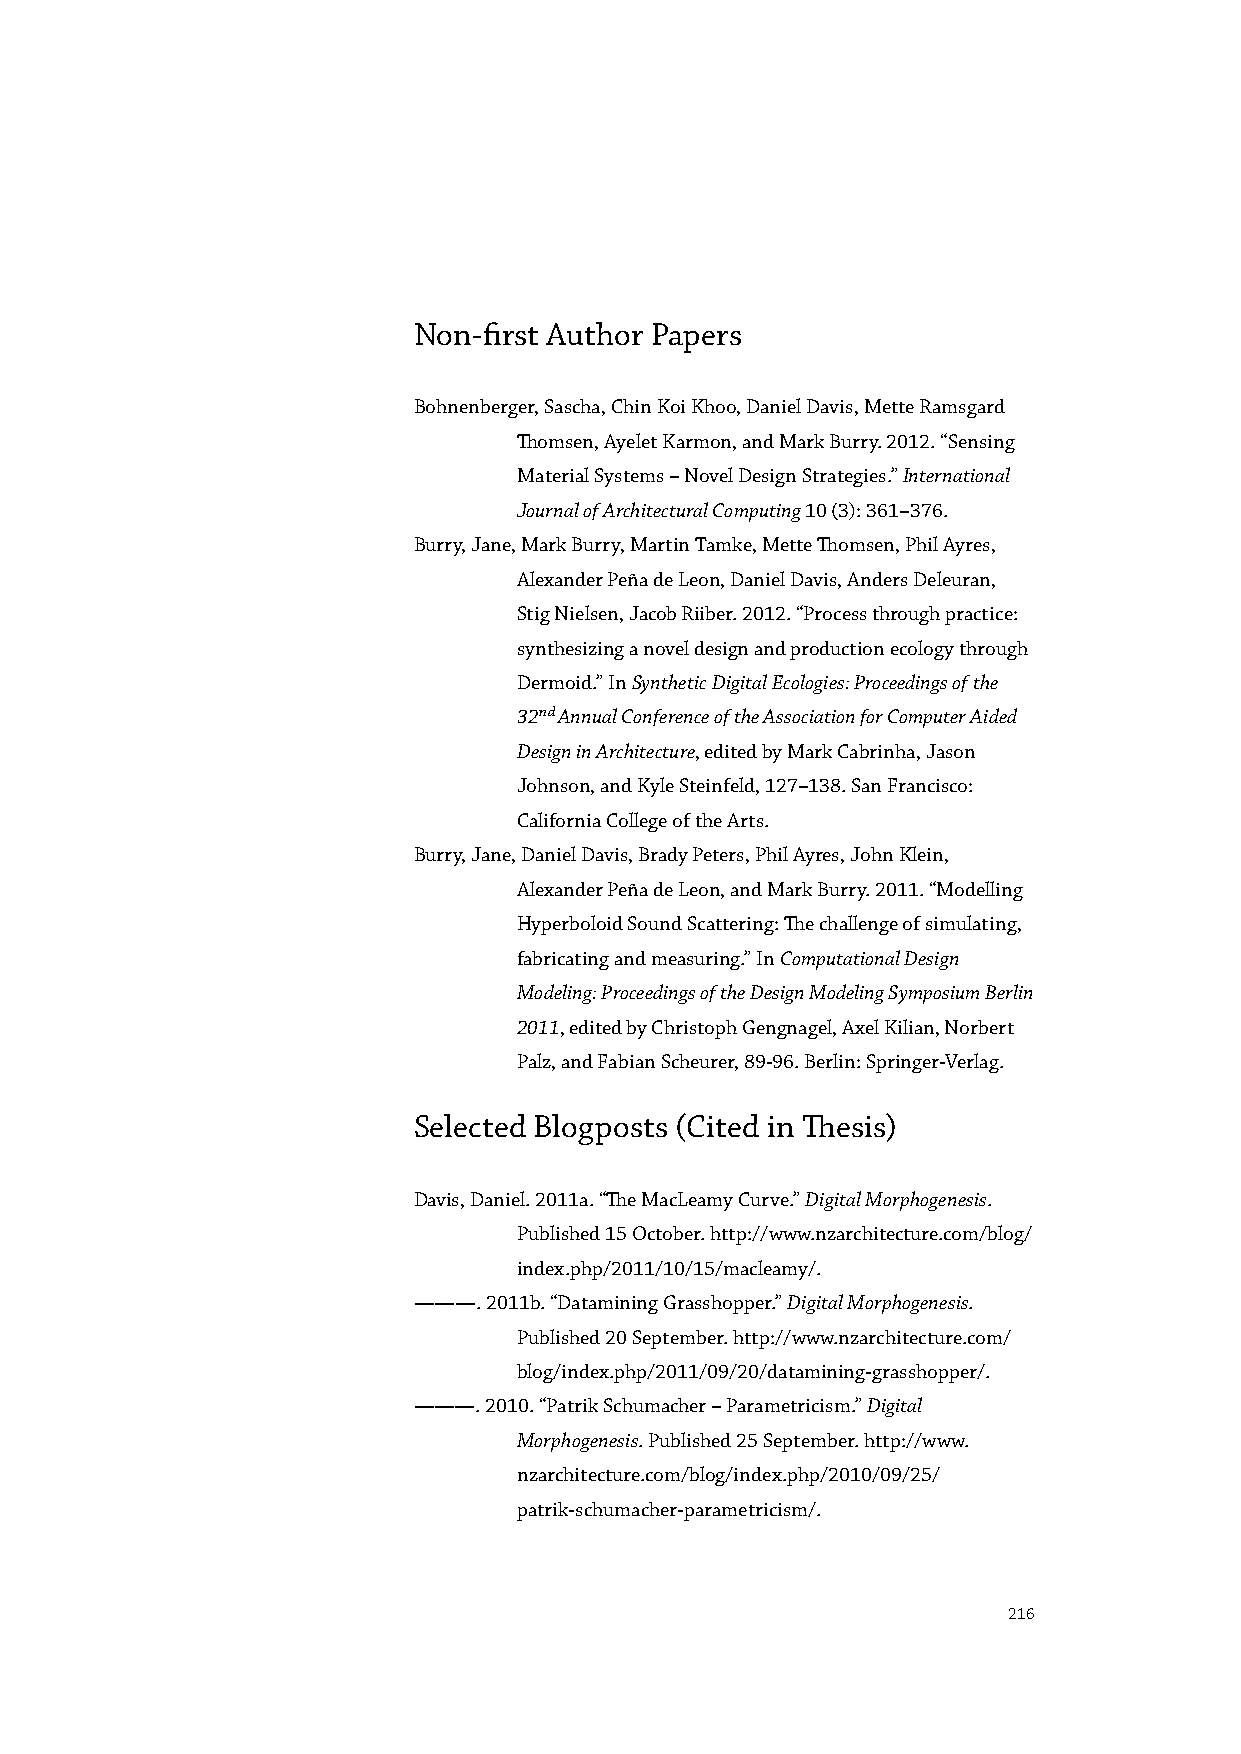
Non-first Author Papers
 Bohnenberger, Sascha, Chin Koi Khoo, Daniel Davis, Mette Ramsgard
 Thomsen, Ayelet Karmon, and Mark Burry. 2012. “Sensing
 Material Systems – Novel Design Strategies.” International
 Journal of Architectural Computing 10 (3): 361–376.
 Burry, Jane, Mark Burry, Martin Tamke, Mette Thomsen, Phil Ayres,
 Alexander Peña de Leon, Daniel Davis, Anders Deleuran,
 Stig Nielsen, Jacob Riiber. 2012. “Process through practice:
 synthesizing a novel design and production ecology through
 Dermoid.” In Synthetic Digital Ecologies: Proceedings of the
 32nd Annual Conference of the Association for Computer Aided
 Design in Architecture, edited by Mark Cabrinha, Jason
 Johnson, and Kyle Steinfeld, 127–138. San Francisco:
 California College of the Arts.
 Burry, Jane, Daniel Davis, Brady Peters, Phil Ayres, John Klein,
 Alexander Peña de Leon, and Mark Burry. 2011. “Modelling
 Hyperboloid Sound Scattering: The challenge of simulating,
 fabricating and measuring.” In Computational Design
 Modeling: Proceedings of the Design Modeling Symposium Berlin
 2011, edited by Christoph Gengnagel, Axel Kilian, Norbert
 Palz, and Fabian Scheurer, 89-96. Berlin: Springer-Verlag.
 Selected Blogposts (Cited in Thesis)
 Davis, Daniel. 2011a. “The MacLeamy Curve.” Digital Morphogenesis.
 Published 15 October. http://www.nzarchitecture.com/blog/
 index.php/2011/10/15/macleamy/.
 ———. 2011b. “Datamining Grasshopper.” Digital Morphogenesis.
 Published 20 September. http://www.nzarchitecture.com/
 blog/index.php/2011/09/20/datamining-grasshopper/.
 ———. 2010. “Patrik Schumacher – Parametricism.” Digital
 Morphogenesis. Published 25 September. http://www.
 nzarchitecture.com/blog/index.php/2010/09/25/
 patrik-schumacher-parametricism/.
 216